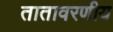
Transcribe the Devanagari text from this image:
तातावरणीय